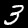
Digit: 3